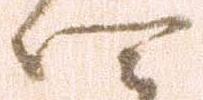
四